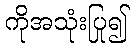
ကိုအသုံးပြု၍